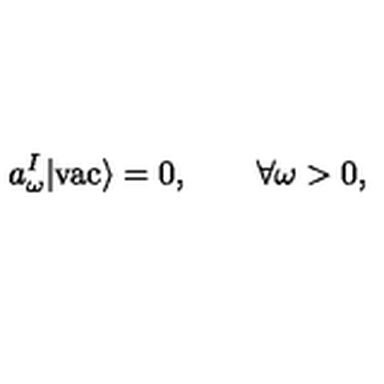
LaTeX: a _ { \omega } ^ { I } | \mathrm { v a c } \rangle = 0 , \qquad \forall \omega > 0 { , }